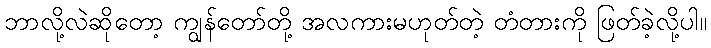
ဘာလို့လဲဆိုတော့ ကျွန်တော်တို့ အလကားမဟုတ်တဲ့ တံတားကို ဖြတ်ခဲ့လို့ပါ။